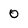
Character: 0